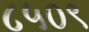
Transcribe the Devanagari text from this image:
८५०९